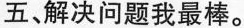
五、解决问题我最棒。